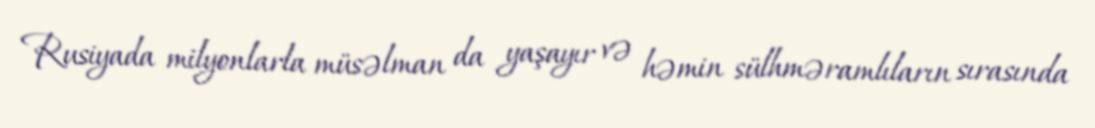
Rusiyada milyonlarla müsəlman da yaşayır və həmin sülhməramlıların sırasında